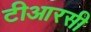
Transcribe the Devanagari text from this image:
टीआरसी